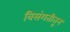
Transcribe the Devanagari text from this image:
विसंगतीतून